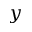
y